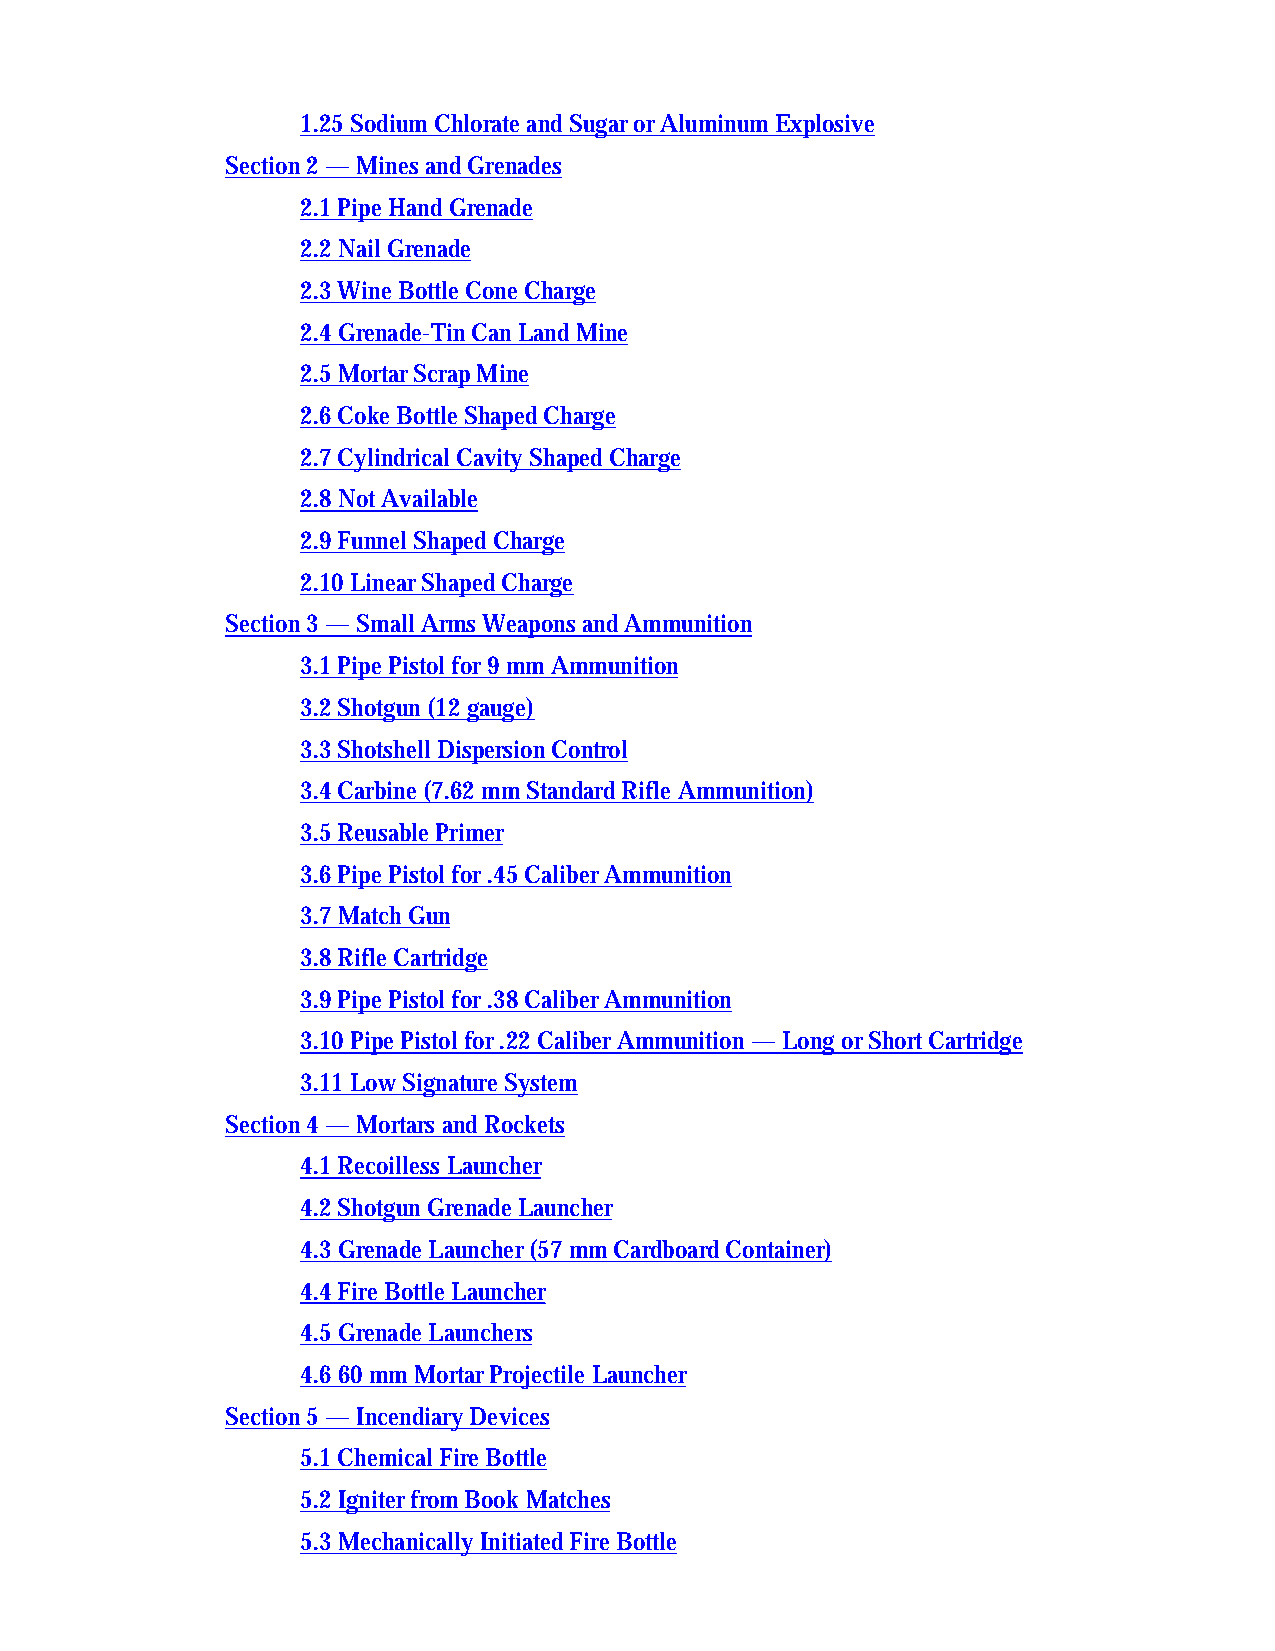
1.25 Sodium Chlorate and Sugar or Aluminum Explosive
 Section 2 — Mines and Grenades
 2.1 Pipe Hand Grenade
 2.2 Nail Grenade
 2.3 Wine Bottle Cone Charge
 2.4 Grenade-Tin Can Land Mine
 2.5 Mortar Scrap Mine
 2.6 Coke Bottle Shaped Charge
 2.7 Cylindrical Cavity Shaped Charge
 2.8 Not Available
 2.9 Funnel Shaped Charge
 2.10 Linear Shaped Charge
 Section 3 — Small Arms Weapons and Ammunition
 3.1 Pipe Pistol for 9 mm Ammunition
 3.2 Shotgun (12 gauge)
 3.3 Shotshell Dispersion Control
 3.4 Carbine (7.62 mm Standard Rifle Ammunition)
 3.5 Reusable Primer
 3.6 Pipe Pistol for .45 Caliber Ammunition
 3.7 Match Gun
 3.8 Rifle Cartridge
 3.9 Pipe Pistol for .38 Caliber Ammunition
 3.10 Pipe Pistol for .22 Caliber Ammunition — Long or Short Cartridge
 3.11 Low Signature System
 Section 4 — Mortars and Rockets
 4.1 Recoilless Launcher
 4.2 Shotgun Grenade Launcher
 4.3 Grenade Launcher (57 mm Cardboard Container)
 4.4 Fire Bottle Launcher
 4.5 Grenade Launchers
 4.6 60 mm Mortar Projectile Launcher
 Section 5 — Incendiary Devices
 5.1 Chemical Fire Bottle
 5.2 Igniter from Book Matches
 5.3 Mechanically Initiated Fire Bottle